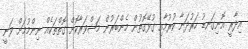
އިދާރީ އޮނިގަނޑު ހަރުދަނާ ކުރުމާއި ގުޅޭގޮތުން މެންބަރުން މަޝްވަރާކޮށް ގޮތްތަކެއް ނިންމުމަށް ވަނީ